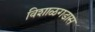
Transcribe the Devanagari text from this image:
विशाळगडास